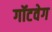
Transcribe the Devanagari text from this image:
गॉटवेग